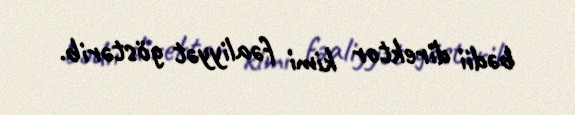
bədii direktor kimi fəaliyyət göstərib.